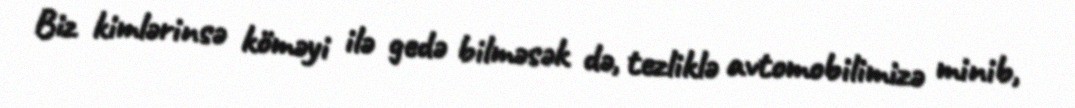
Biz kimlərinsə köməyi ilə gedə bilməsək də, tezliklə avtomobilimizə minib,